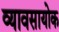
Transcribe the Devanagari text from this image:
व्यावसायोक